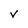
Character: v